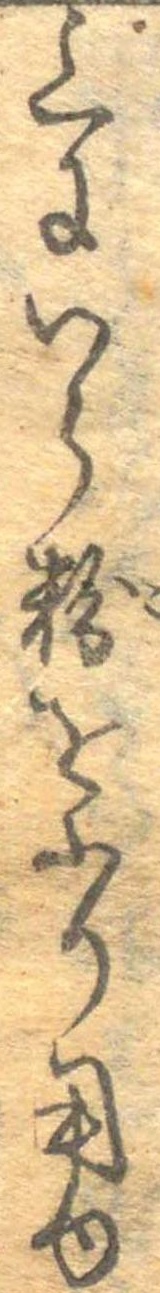
上にいら粉をふり用ゆ